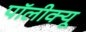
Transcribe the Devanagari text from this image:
पॉलीक्यू